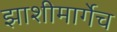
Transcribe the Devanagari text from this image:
झाशीमार्गेच